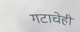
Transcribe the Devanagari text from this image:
गटाचेही